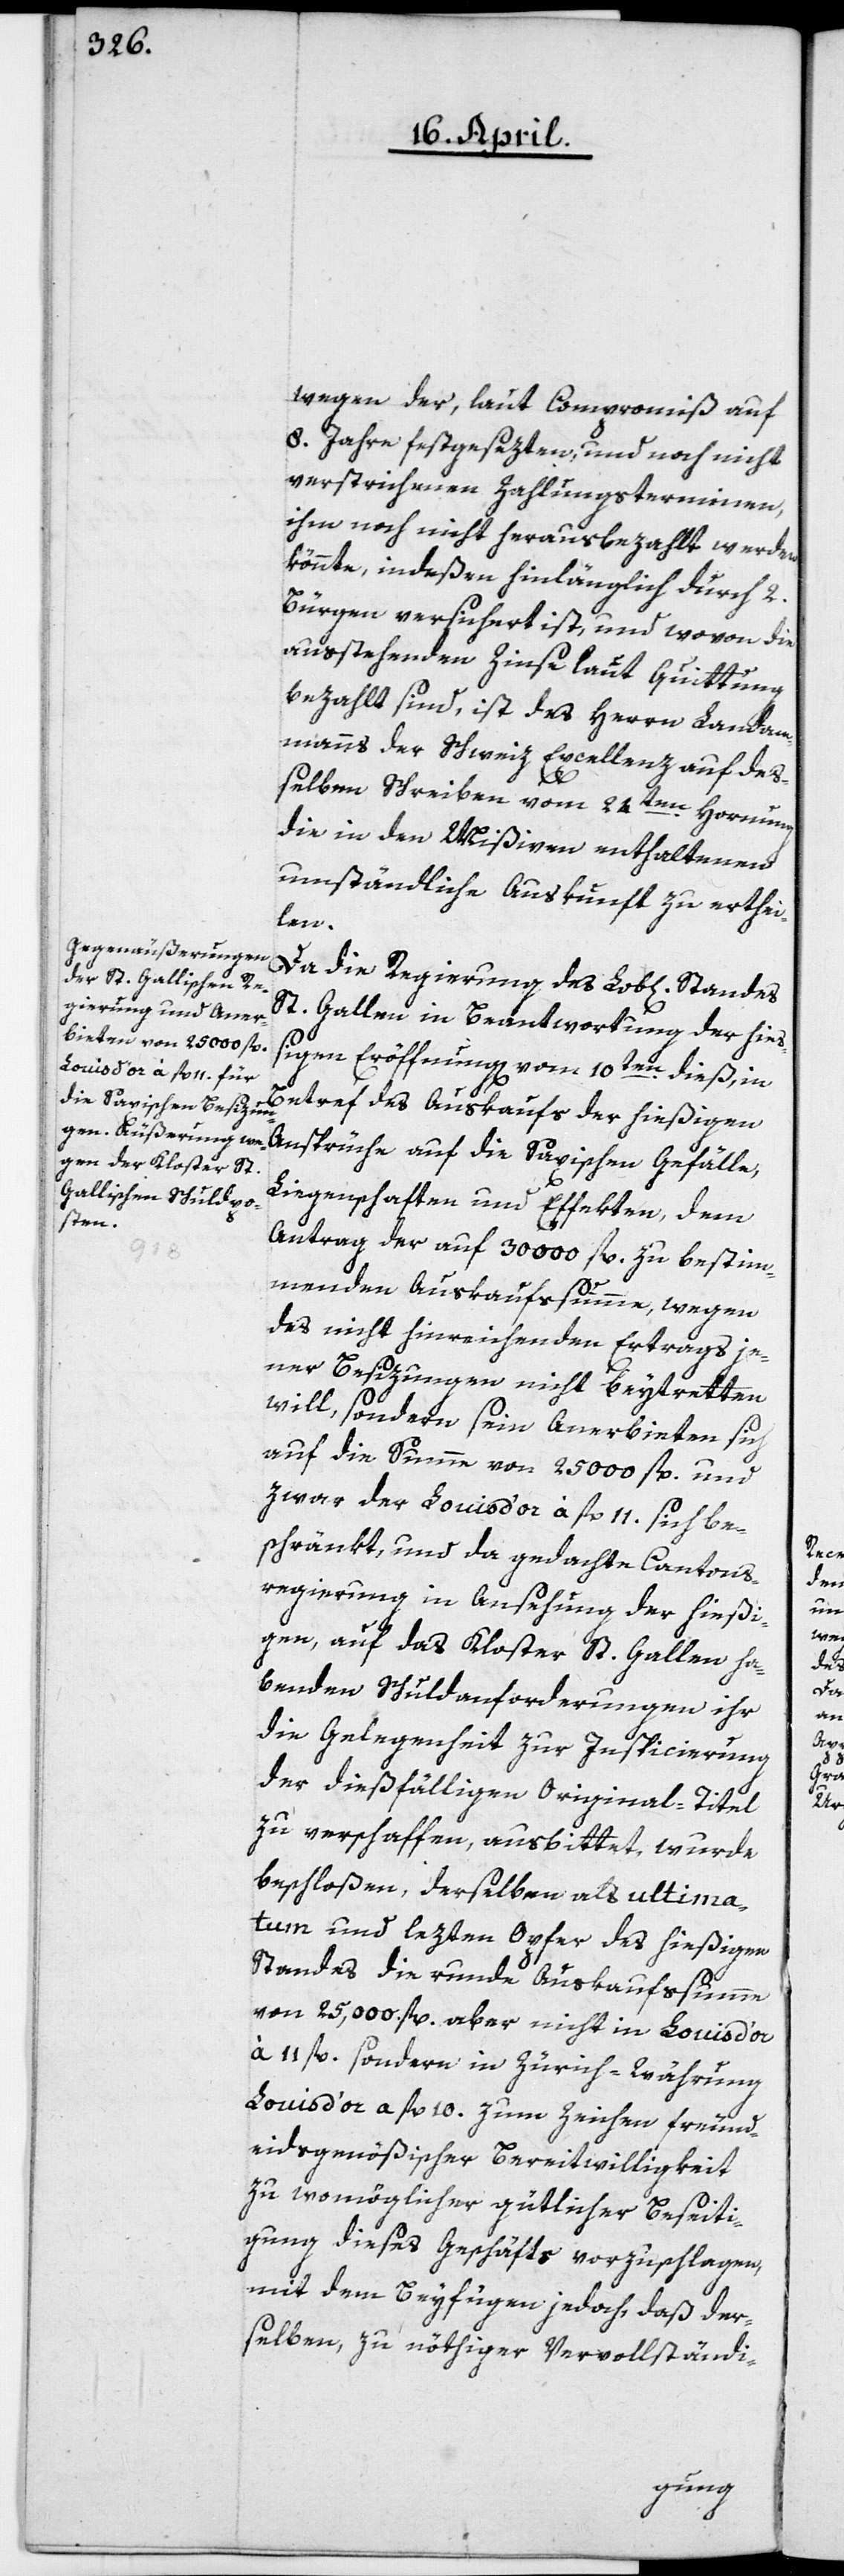
wegen der, laut Compromiß auf
8. Jahre festgesezten, und noch nicht
verstrichenen Zahlungsterminen,
ihm noch nicht herausbezahlt werden
könnte, indeßen hinlänglich durch 2.
Bürgen versichert ist, und wovon die
ausstehenden Zinse laut Quittung
bezahlt sind, ist des Herrn Landam¬
manns der Schweiz Excellenz auf des¬
selben Schreiben vom 24ten Hornung
die in den Mißiven enthaltene
umständliche Auskunft zu erthei¬
len.
Da die Regierung des Lob[lichen] Standes
St. Gallen in Beantwortung der hieß¬
igen Eröffnung vom 10ten dieß, in
Betref des Auskaufs der hießigen
Ansprüche auf die Saxischen Gefälle,
Liegenschaften und Effekten, dem
Antrag der auf 30 000 fl. zu bestim¬
menden Auskaufssumme, wegen
des nicht hinreichenden Ertrags je¬
ner Besizungen nicht beytretten
will, sondern sein Anerbieten sich
auf die Summe von 25 000 fl. und
zwar der Louis d’or à fl. 11 sich be¬
schränkt, und da gedachte Cantons¬
regierung in Ansehung der hießi¬
gen, auf das Kloster St. Gallen ha¬
benden Schuldanforderungen ihr
die Gelegenheit zur Inspicierung
der dießfälligen Original-Titel
zu verschaffen ausbittet, wurde
beschloßen, derselben als ultima¬
tum und lezten Opfer des hießigen
Standes die runde Auskaufssumme
von 25,000 fl. aber nicht in Louis d’or
à 11 fl., sondern in Zürich-Währung
Louis d’or à fl. 10 zum Zeichen freund¬
eidsgenößischer Bereitwilligkeit
zu womöglicher gütlicher Beseiti¬
gung dieses Geschäfts vorzuschlagen,
mit dem Beyfügen jedoch, daß der¬
selben, zu nöthiger Vervollständi-